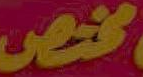
مختص